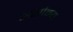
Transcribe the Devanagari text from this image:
असौम्य